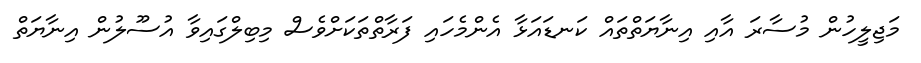
މަޖިލީހުން މުސާރަ އާއި އިނާޔަތްތައް ކަނޑައަޅާ އެންމެހައި ފަރާތްތަކަށްވެސް މިބިލްގައިވާ އުސޫލުން އިނާޔަތް